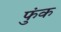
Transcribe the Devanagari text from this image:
फुंक